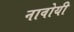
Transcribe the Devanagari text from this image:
नावोयी